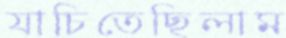
যাচিতেছিলাম